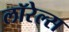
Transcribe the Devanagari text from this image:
लॉरेल्स